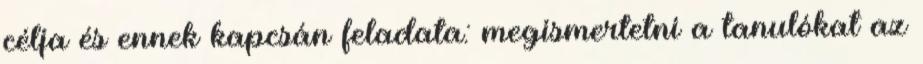
célja és ennek kapcsán feladata: megismertetni a tanulókat az